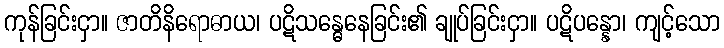
ကုန်ခြင်းငှာ။ ဇာတိနိရောဓာယ၊ ပဋိသန္ဓေနေခြင်း၏ ချုပ်ခြင်းငှာ။ ပဋိပန္နော၊ ကျင့်သော